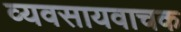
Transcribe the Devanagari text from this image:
व्यवसायवाचक